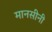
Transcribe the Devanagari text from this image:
मानसीनी